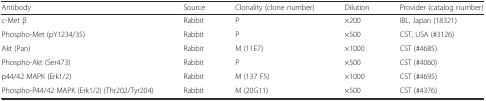
| Antibody | Source | Clonality (clone number) | Dilution | Provider (catalog number) |
 | --- | --- | --- | --- | --- |
 | c-Met β | Rabbit | P | ×200 | IBL, Japan (18321) |
 | Phospho-Met (pY1234/35) | Rabbit | P | ×500 | CST, USA (#3126) |
 | Akt (Pan) | Rabbit | M (11E7) | ×1000 | CST (#4685) |
 | Phospho-Akt (Ser473) | Rabbit | P | ×500 | CST (#4060) |
 | p44/42 MAPK (Erk1/2) | Rabbit | M (137 F5) | ×1000 | CST (#4695) |
 | Phospho-P44/42 MAPK (Erk1/2) (Thr202/Tyr204) | Rabbit | M (20G11) | ×500 | CST (#4376) |